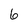
Character: 6